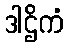
ဒါဌိကံ